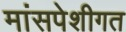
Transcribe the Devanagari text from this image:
मांसपेशीगत